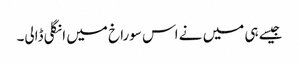
جیسے ہی میں نے اس سوراخ میں انگلی ڈالی۔